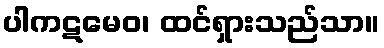
ပါကဋမေဝ၊ ထင်ရှားသည်သာ။